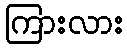
ကြားလား